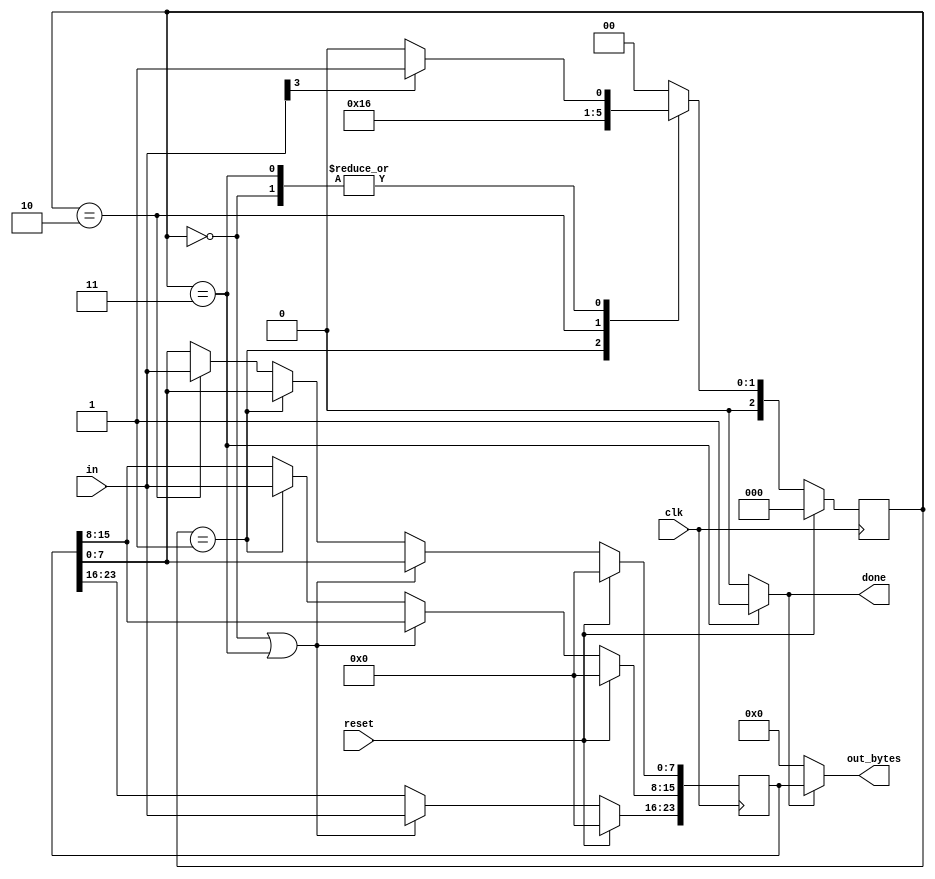
//See also: PS/2 packet parser.

//Now that you have a state machine that will identify three-byte messages in a PS/2 byte stream, 
//add a datapath that will also output the 24-bit (3 byte) message whenever a packet is received 
//(out_bytes[23:16] is the first byte, out_bytes[15:8] is the second byte, etc.).

//out_bytes needs to be valid whenever the done signal is asserted. 
//You may output anything at other times (i.e., don't-care).

//Hint...
//Use the FSM from PS/2 packet parser and add a datapath to capture the incoming bytes.

module top_module(
    input clk,
    input [7:0] in,
    input reset,    // Synchronous reset
    output [23:0] out_bytes,
    output done); //

    // FSM from fsm_ps2
    parameter BYTE1 = 0, BYTE2 = 1, BYTE3 = 2, DONE = 3;
    reg [2:0] state, next_state;
    reg [23:0] out_bytes_t;
        
    // State transition logic (combinational)
    always @(*) begin
        case (state)
            BYTE1: begin 
                if (in[3] == 1) begin
                    next_state = BYTE2;
                end
                else begin
                    next_state = BYTE1;
                end
            end
            BYTE2: begin
                next_state = BYTE3;
            end
            BYTE3: begin
                next_state = DONE;
            end
            DONE: begin
                if (in[3] == 0) begin
                    next_state = BYTE1;
                end
                else begin
                    next_state = BYTE2;
                end
            end
            default: next_state = BYTE1;
        endcase
    end
    
    // State flip-flops (sequential)
    always @(posedge clk) begin
        if (reset) begin
            state <= BYTE1;
        end
        else begin
            state <= next_state;
        end
    end

    // Output logic
    assign done = (state == DONE) ? 1 : 0;

    // New: Datapath to store incoming bytes.
    assign out_bytes = done ? out_bytes_t : 24'b0;

    always @(posedge clk) begin
        if (reset) begin
            out_bytes_t <= 24'b0;
        end
        else begin
            if (state == BYTE1 || state == DONE) begin
                out_bytes_t[23:16] <= in[7:0];
            end
            else if (state == BYTE2) begin
                out_bytes_t[15:8] <= in[7:0];
            end
            else if (state == BYTE3) begin
                out_bytes_t[7:0] <= in[7:0];
            end
        end
    end

endmodule